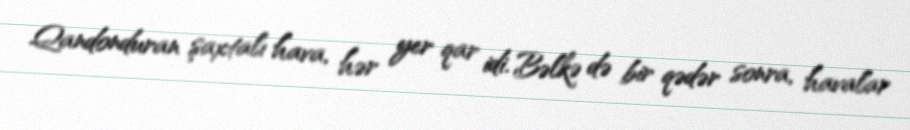
Qandonduran şaxtalı hava, hər yer qar idi. Bəlkə də bir qədər sonra, havalar